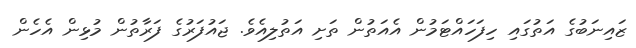
ޒައިނަބުގެ އަތުގައި ހިފަހައްޓަމުން އެއަތުން ތަށި އަތުލިއެވެ. ޖައުފަރުގެ ފަރާތުން މުޅިން އެހެން